Civil Veterinary Department Bihar & Orissa reports 1929-36 - 1929-1936
Year: 1929
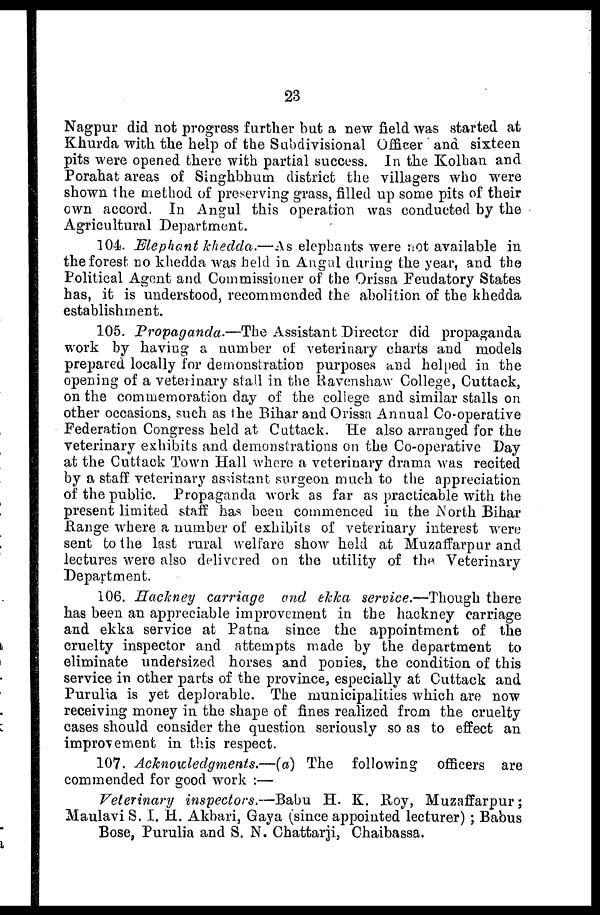
23
Nagpur did not progress further but a new field was started at
Khurda with the help of the Subdivisional Officer and sixteen
pits were opened there with partial success. In the Kolhan and
Porahat areas of Singhbhum district the villagers who were
shown the method of preserving grass, filled up some pits of their
own accord. In Angul this operation was conducted by the
Agricultural Department.
104. Elephantkhedda.—As elephants were not available in
the forest no khedda was held in Angul during the year, and the
Political Agent and Commissioner of the Orissa Feudatory States
has, it is understood, recommended the abolition of the khedda
establishment.
105. Propaganda.—The Assistant Director did propaganda
work by having a number of veterinary charts and models
prepared locally for demonstration purposes and helped in the
opening of a veterinary stall in the Ravenshaw College, Cuttack,
on the commemoration day of the college and similar stalls on
other occasions, such as the Bihar and Orissa Annual Co-operative
Federation Congress held at Cuttack. He also arranged for the
veterinary exhibits and demonstrations on the Co-operative Day
at the Cuttack Town Hall where a veterinary drama was recited
by a staff veterinary assistant surgeon much to the appreciation
of the public. Propaganda work as far as practicable with the
present limited staff has been commenced in the North Bihar
Range where a number of exhibits of veterinary interest were
sent to the last rural welfare show held at Muzaffarpur and
lectures were also delivered on the utility of the Veterinary
Department.
106. Hackney carriage and ekka service.—Though there
has been an appreciable improvement in the hackney carriage
and ekka service at Patna since the appointment of the
cruelty inspector and attempts made by the department to
eliminate undersized horses and ponies, the condition of this
service in other parts of the province, especially at Cuttack and
Purulia is yet deplorable. The municipalities which are now
receiving money in the shape of fines realized from the cruelty
cases should consider the question seriously so as to effect an
improvement in this respect.
107. Acknowledgments.—(a) The following officers are
commended for good work :—
Veterinary inspectors.—Babu H. K. Roy, Muzaffarpur;
Maulavi S. I. H. Akbari, Gaya (since appointed lecturer); Babus
Bose, Purulia and S. N. Chattarji, Chaibassa.